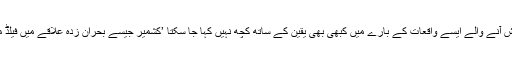
اس بارے میں افتخار گیلانی کا کہنا تھا کہ کشمیر جیسے شورش زدہ علاقے میں پیش آنے والے ایسے واقعات کے بارے میں کبھی بھی یقین کے ساتھ کچھ نہیں کہا جا سکتا ’کشمیر جیسے بحران زدہ علاقے میں فیلڈ میں جا کر رپورٹنگ کرنے والے صحافیوں کو بہت بھاری قیمت ادا کرنا پڑتی ہے‘۔